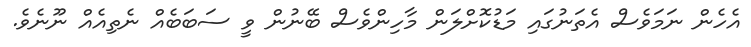
އެހެން ނަމަވެސް އެތަނުގައި މަޑުކޮށްލަން މާހިންވެސް ބޭނުން ވީ ސަބަބެއް ނެތިއެއް ނޫނެވެ.